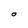
Character: O